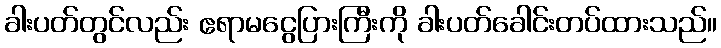
ခါးပတ်တွင်လည်း ဧရာမငွေပြားကြီးကို ခါးပတ်ခေါင်းတပ်ထားသည်။